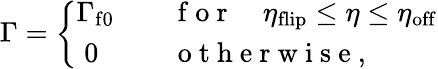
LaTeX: \Gamma=\left\{ \begin{array}{rl}{\Gamma_{\mathrm{f0}}}&{{}\quad\mathrm{~f~o~r~}\quad\eta_{\mathrm{flip}}\leq\eta\leq\eta_{\mathrm{off}}}\\ {0\; \; }&{{}\quad\mathrm{~o~t~h~e~r~w~i~s~e~},}\end{array}\right.